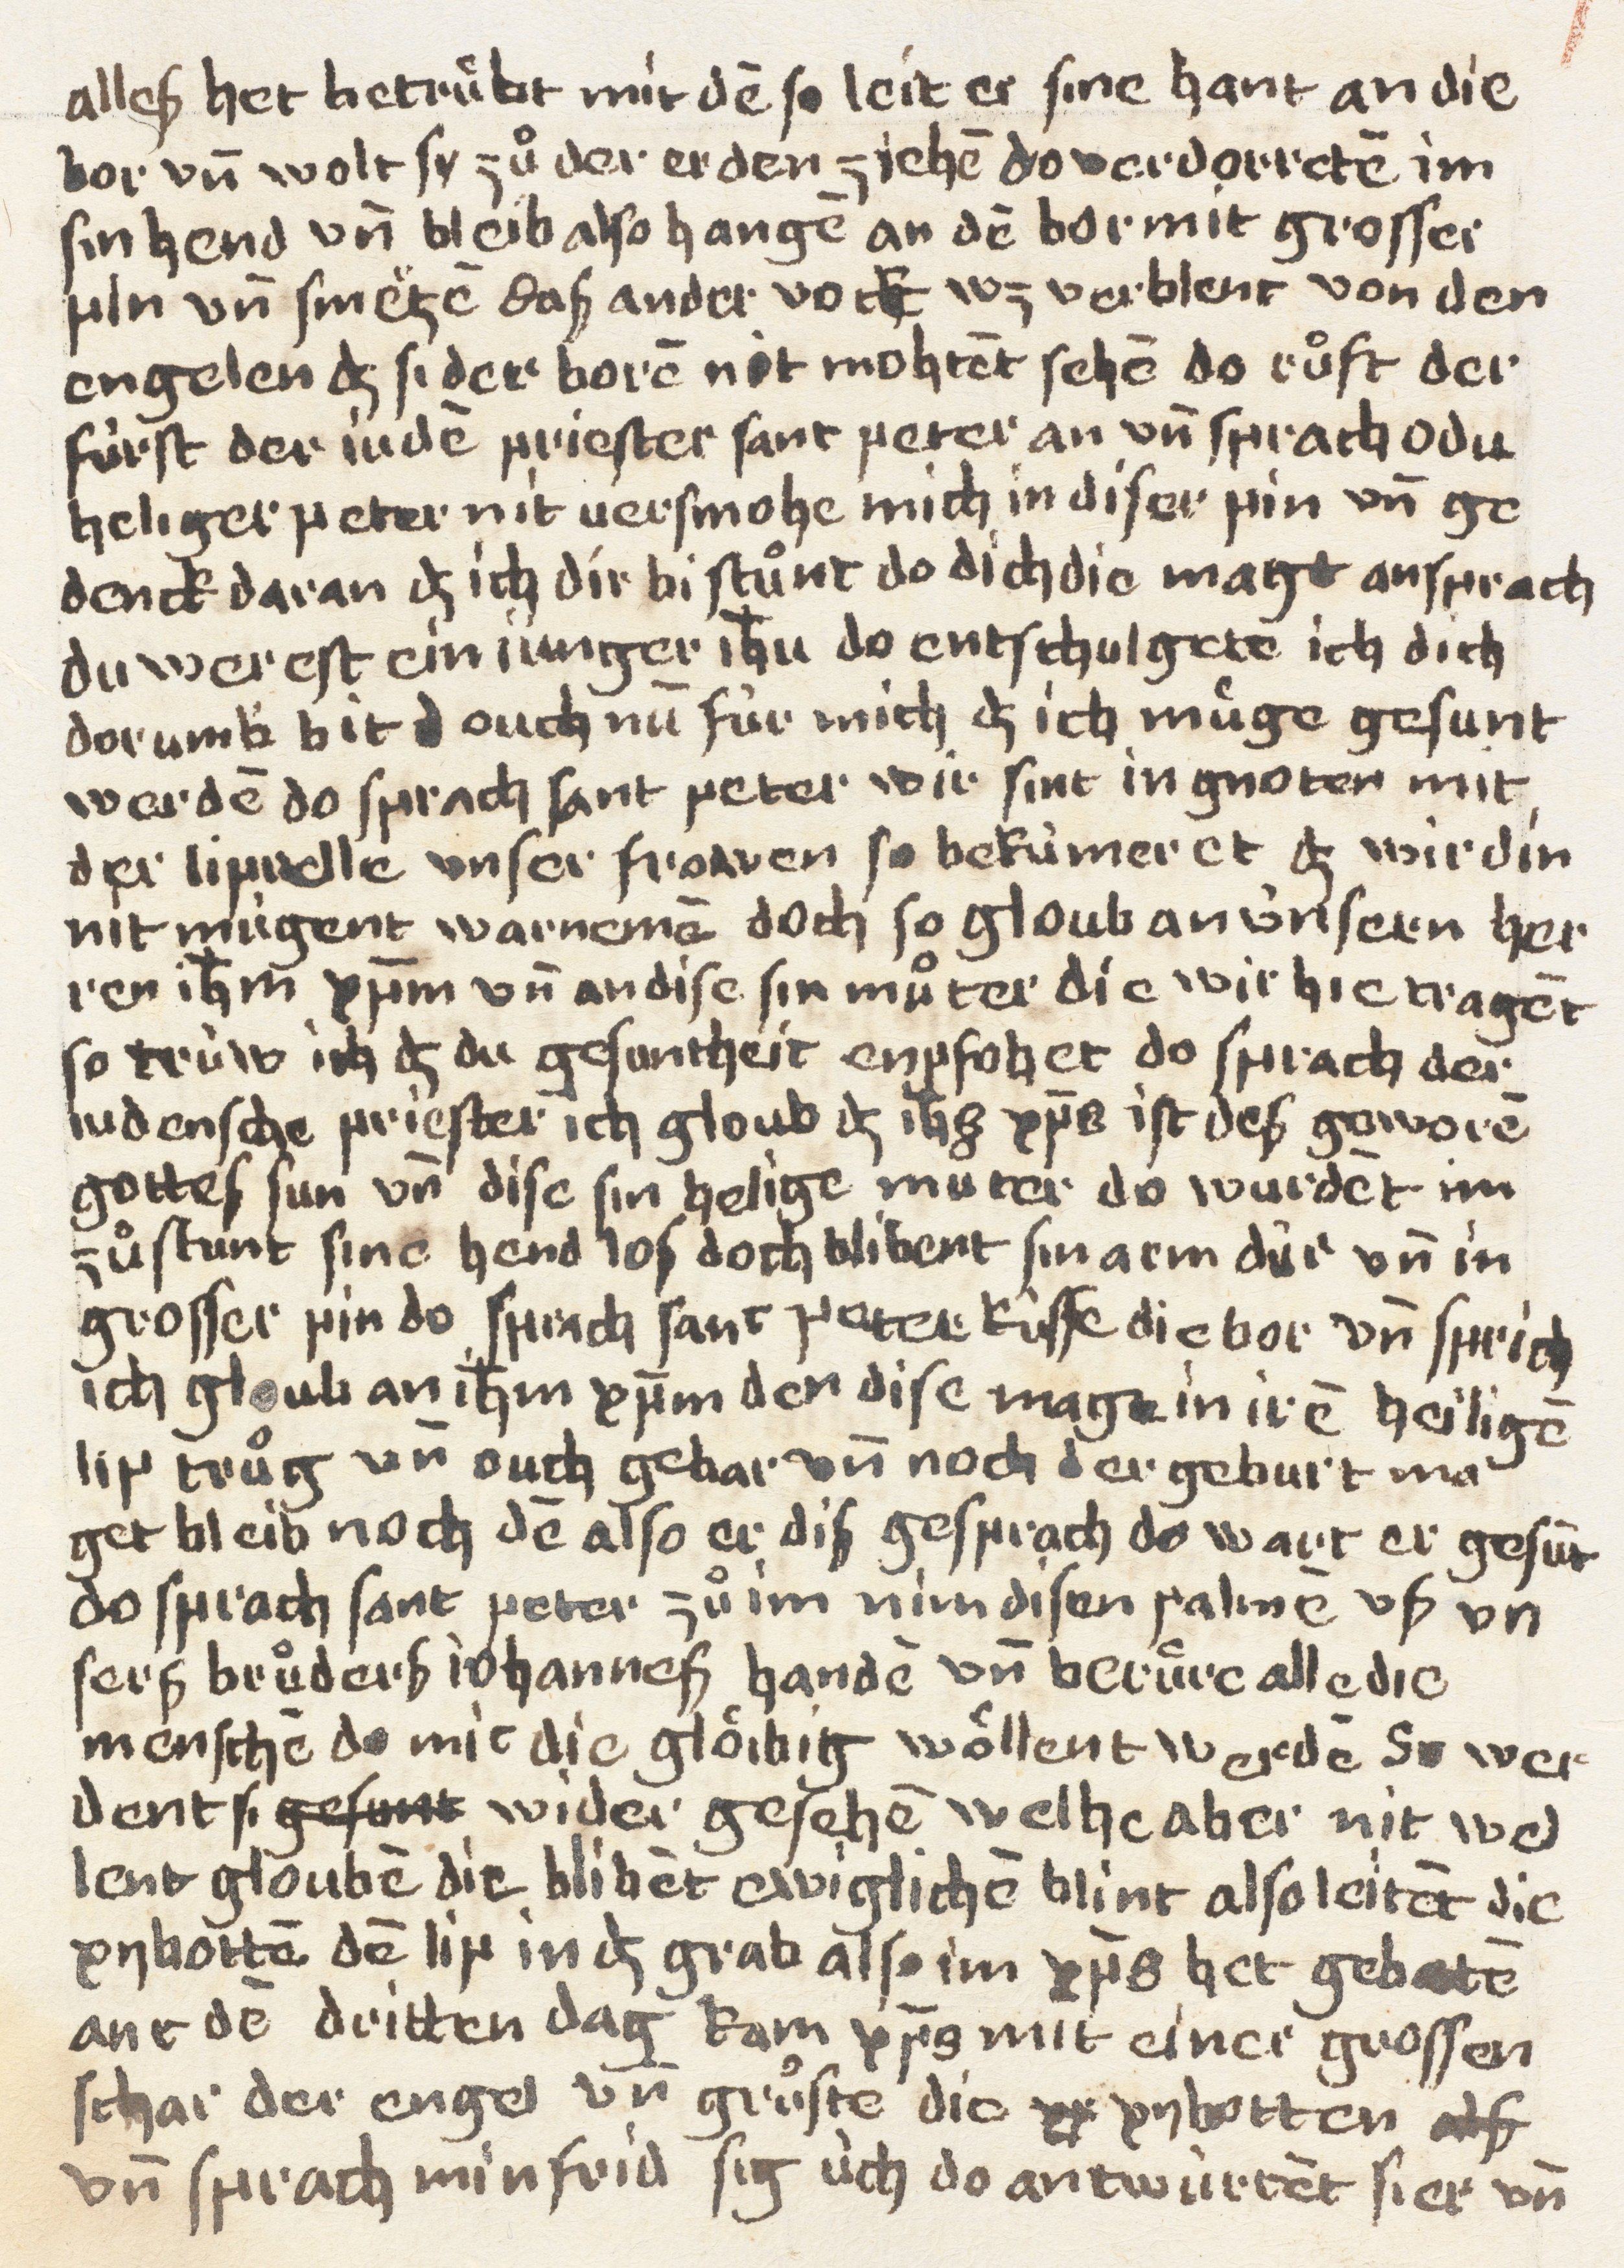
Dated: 1400–1499